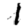
Digit: 1